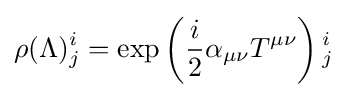
\rho (\Lambda )_{j}^{i}=\exp \left({\frac {i}{2}}\alpha _{\mu \nu }T^{\mu \nu }\right){}_{j}^{i}